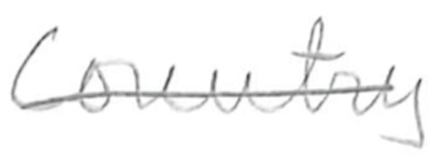
Text: Country
Cross-out: single-line
Writing tool: pencil